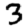
Digit: 3